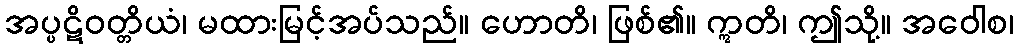
အပ္ပဋိဝတ္တိယံ၊ မထားမြင့်အပ်သည်။ ဟောတိ၊ ဖြစ်၏။ ဣတိ၊ ဤသို့။ အဝေါစ၊